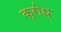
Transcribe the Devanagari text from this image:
क्रोध्